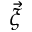
\vec { \xi }